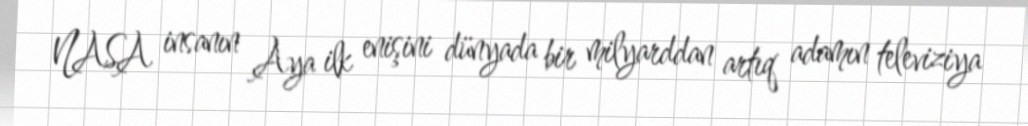
NASA insanın Aya ilk enişini dünyada bir milyarddan artıq adamın televiziya